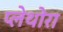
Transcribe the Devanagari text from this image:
प्लेथोरा